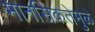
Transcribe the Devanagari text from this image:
मानसिकतेमुळे